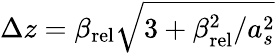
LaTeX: \Delta z=\beta_{\mathrm{rel}}\sqrt{3+\beta_{\mathrm{rel}}^{2}/a_{s}^{2}}